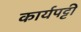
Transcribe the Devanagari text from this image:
कार्यपट्टी